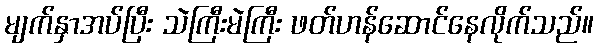
မျက်နှာအပ်ပြီး သဲကြီးမဲကြီး ဖတ်ဟန်ဆောင်နေလိုက်သည်။